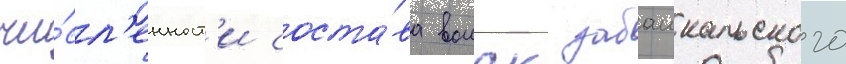
чи́сл'енност'и соста́ва воиск забаикальского